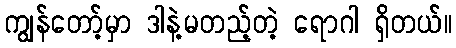
ကျွန်တော့်မှာ ဒါနဲ့မတည့်တဲ့ ရောဂါ ရှိတယ်။